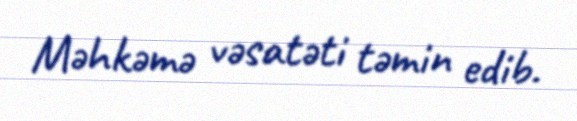
Məhkəmə vəsatəti təmin edib.